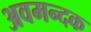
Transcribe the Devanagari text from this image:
अवमन्दक